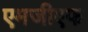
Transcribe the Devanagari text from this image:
एमजीएफ